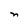
Character: n